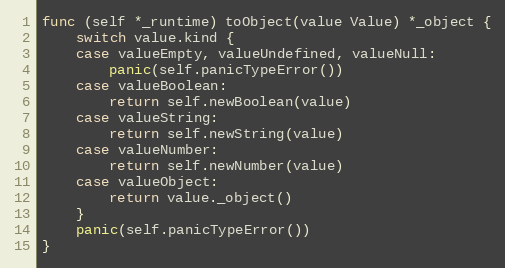
Language: Go
func (self *_runtime) toObject(value Value) *_object {
	switch value.kind {
	case valueEmpty, valueUndefined, valueNull:
		panic(self.panicTypeError())
	case valueBoolean:
		return self.newBoolean(value)
	case valueString:
		return self.newString(value)
	case valueNumber:
		return self.newNumber(value)
	case valueObject:
		return value._object()
	}
	panic(self.panicTypeError())
}